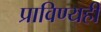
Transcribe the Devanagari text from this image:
प्राविण्यही